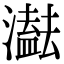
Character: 𤂠